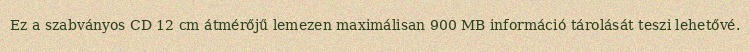
Ez a szabványos CD 12 cm átmérőjű lemezen maximálisan 900 MB információ tárolását teszi lehetővé.